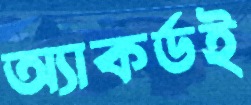
অ্যাকর্ডই